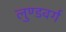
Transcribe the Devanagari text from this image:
लुण्डवर्ग